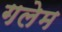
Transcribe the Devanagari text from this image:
गलेम